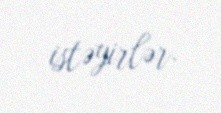
istəyirlər.